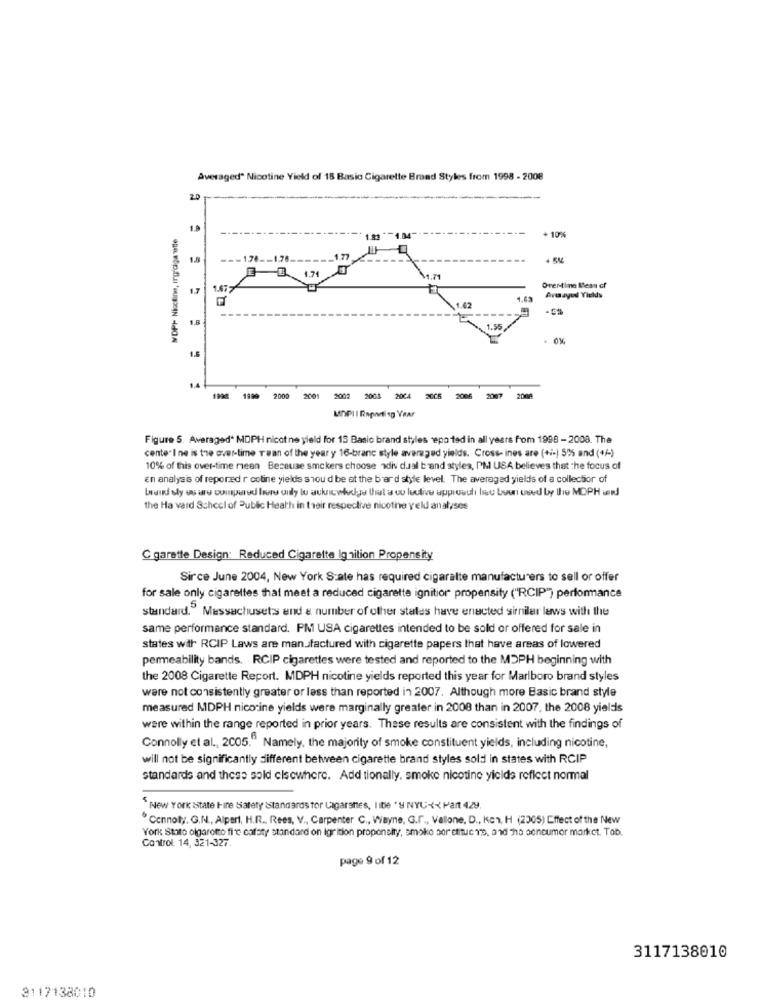
Averaged" Nicotine Yield of 15 Basic Cigarette Brand Styles from 1998 - 2008
20
MDPH Nicotine, Ingdiga wtle
+ 10%
1.81 " -1.04"
0
1.8
--- 178 -- 1.76.
177
1.71
1.7
1.677
Over-tine Meas cf
Avwayod Yields
1.62
1.8
1.5
1.4
1998 1999
2000 2001 2002 2003 2004 2005 2006 2007
2008
MRPII Reporting Year
Figure 5. Averaged* MDPH nicot ne yield for 13 Basic brand styles nepo ted in all years from 1998 - 2008. The
cente" I ne is tre over-time rean of the year y 16-branc style averaged yields. Cross- ines are (+/-) 5% and (+/-)
10% of this over-time mean Because smokers choose adiv dual b'and styles, PM USA believes that the focus of
en analysis of repored r cotine yields siou d be at the bard style level. The averaged yields of a collector of
brand sly us are compared livre only tu auknowhelye that a o leulive approach bu boun used by the MOPH ard
the Ha vard School of Public Health in their respective nicothe yeld analyses
C garette Design: Reduced Cigarette Ignition Propensity
Sirce June 2004, New York State has required cigaralte manufacturers to sell or offer
for sale only cigarettes that meet a reduced cigarette ignition propensity ("RCIP") performance
standard." Massachusets end & number of other states have enacted sirniler laws with the
same performance standard. PM USA cigarettes intended to be sold or offered for sale in
states with RCIP Laws are manufactured with cigarette papers that have areas of lowered
permeability bands. RCIP cigarettes were tested and reported to the MDPH beginning with
the 2008 Cigarette Report. MDPH nicotine yields reported this year for Marlboro brand styles
were not consistently greater or less than reported in 2007. Although more Basic brand style
measured MDPH nicotine yields were marginally greater in 2008 than in 2007, the 2008 yields
were within the range reported in prior years. These results are consistent with the findings of
Connolly et al ., 2005." Namely, the majority of smoke constituent yields, including nicotine,
will not be significantly different between cigarette brand styles sold in states with RCIP
standards and these sold cisewhere. Add tionally, smoke nicotine yields reflect normal
SNew York State line safety Standards for Lagarsnes, libe " y NYU << Part 429.
Connolly, G.N ., Alpert, H.R ., Rees, V ., Carpenter C ., Wayne, G.r ., Vallone, D ., Kon, H (2005) Effect of the New
York Stato olgaromo fi'e cafoty standard on igr ition propensity, smoke por ettuc To, and ho sonoumor market. Tob.
Control. 14, 321-327.
page 9 of 12
3117138010
3117138010